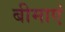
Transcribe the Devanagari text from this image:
बीमाएं